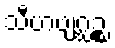
သီဟဗျဂ္ဃဉ္စ